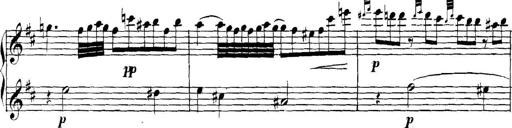
Title: Collected Piano Sonatas
Composer: Muzio Clementi